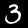
Label: 3